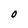
Character: O